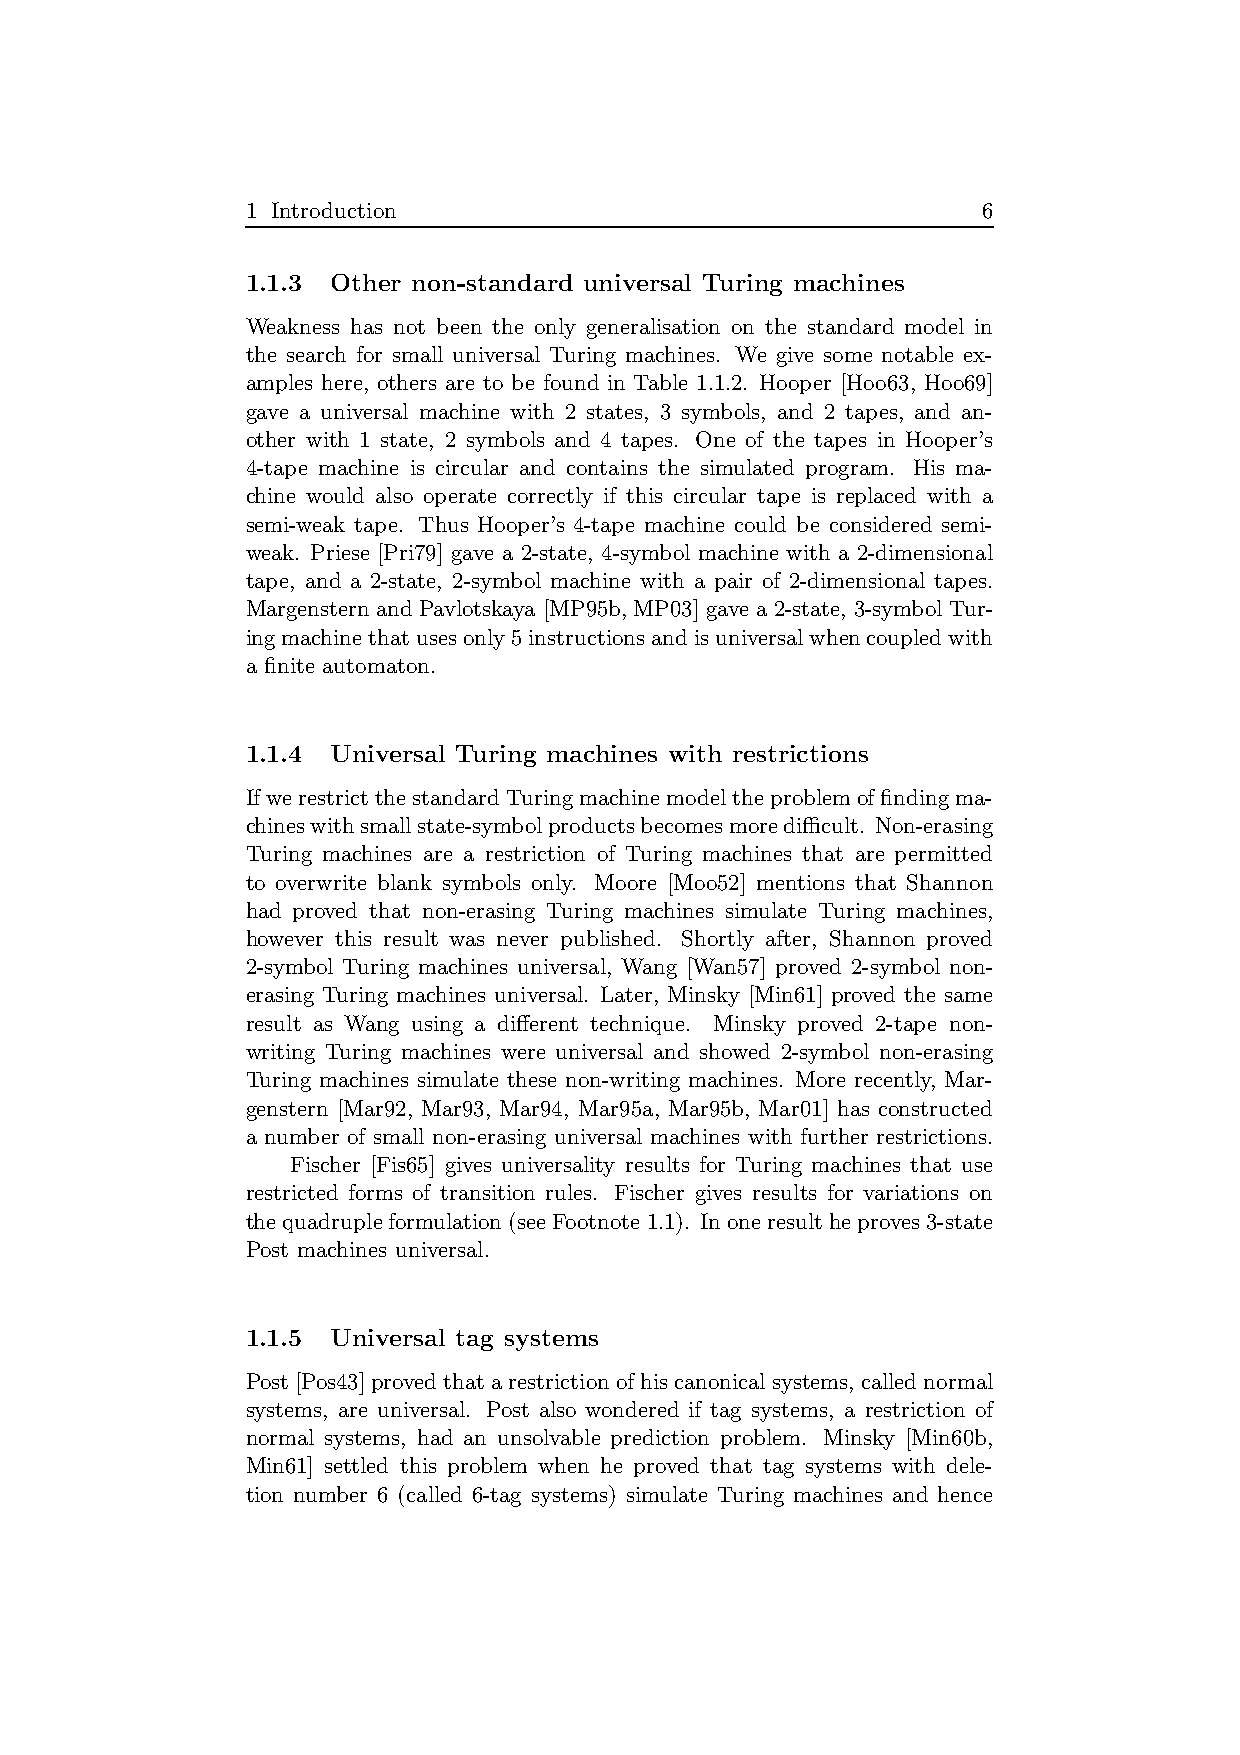
1 Introduction                                   6
 1.1.3 Other non-standard universal Turing machines
 Weakness has not been the only generalisation on the standard model in
 the search for small universal Turing machines. We give some notable ex-
 amples here, others are to be found in Table 1.1.2. Hooper [Hoo63, Hoo69]
 gave a universal machine with 2 states, 3 symbols, and 2 tapes, and an-
 other with 1 state, 2 symbols and 4 tapes. One of the tapes in Hooper’s
 4-tape machine is circular and contains the simulated program. His ma-
 chine would also operate correctly if this circular tape is replaced with a
 semi-weak tape. Thus Hooper’s 4-tape machine could be considered semi-
 weak. Priese [Pri79] gave a 2-state, 4-symbol machine with a 2-dimensional
 tape, and a 2-state, 2-symbol machine with a pair of 2-dimensional tapes.
 Margenstern and Pavlotskaya [MP95b, MP03] gave a 2-state, 3-symbol Tur-
 ingmachinethatusesonly5instructionsandisuniversalwhencoupledwith
 a finite automaton.
 1.1.4 Universal Turing machines with restrictions
 IfwerestrictthestandardTuringmachinemodeltheproblemof findingma-
 chineswithsmallstate-symbolproductsbecomesmoredifficult. Non-erasing
 Turing machines are a restriction of Turing machines that are permitted
 to overwrite blank symbols only. Moore [Moo52] mentions that Shannon
 had proved that non-erasing Turing machines simulate Turing machines,
 however this result was never published. Shortly after, Shannon proved
 2-symbol Turing machines universal, Wang [Wan57] proved 2-symbol non-
 erasing Turing machines universal. Later, Minsky [Min61] proved the same
 result as Wang using a different technique. Minsky proved 2-tape non-
 writing Turing machines were universal and showed 2-symbol non-erasing
 Turing machines simulate these non-writing machines. More recently, Mar-
 genstern [Mar92, Mar93, Mar94, Mar95a, Mar95b, Mar01] has constructed
 a number of small non-erasing universal machines with further restrictions.
 Fischer [Fis65] gives universality results for Turing machines that use
 restricted forms of transition rules. Fischer gives results for variations on
 thequadrupleformulation(seeFootnote 1.1). Inoneresultheproves 3-state
 Post machines universal.
 1.1.5 Universal tag systems
 Post[Pos43]provedthatarestrictionofhiscanonicalsystems,called normal
 systems, are universal. Post also wondered if tag systems, a restriction of
 normal systems, had an unsolvable prediction problem. Minsky [Min60b,
 Min61] settled this problem when he proved that tag systems with dele-
 tion number 6 (called 6-tag systems) simulate Turing machines and hence